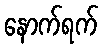
နောက်ရက်